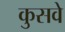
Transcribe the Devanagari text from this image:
कुसवे